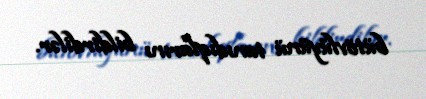
bütövlüyünü tanıdıqlarını bildirdilər.